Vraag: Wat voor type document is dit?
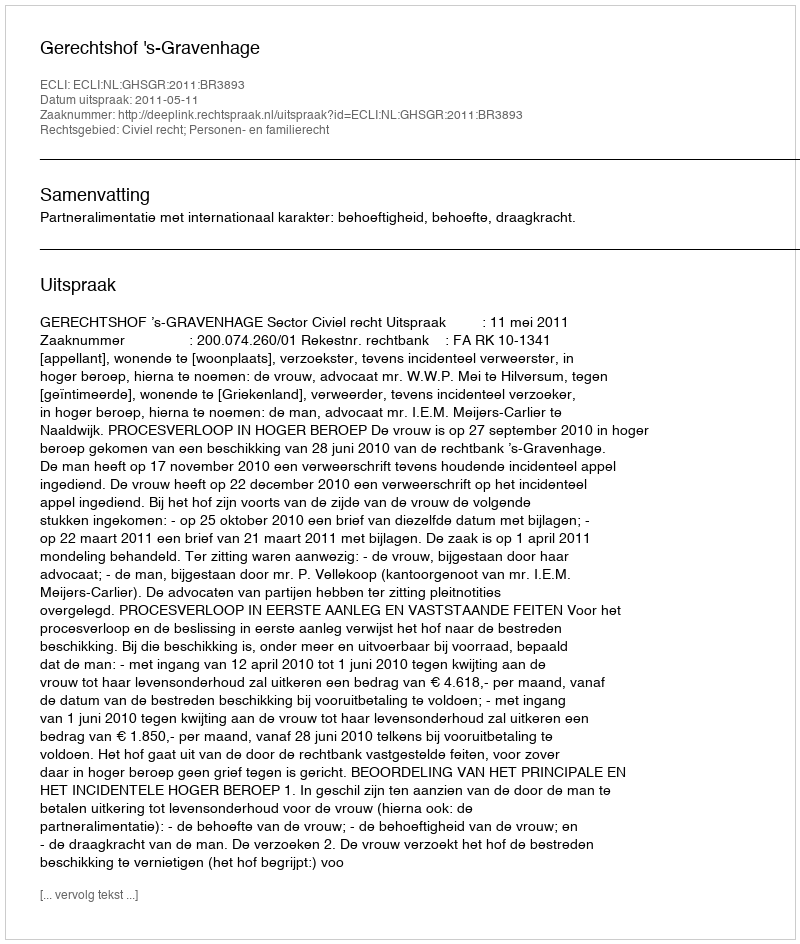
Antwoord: Uitspraak